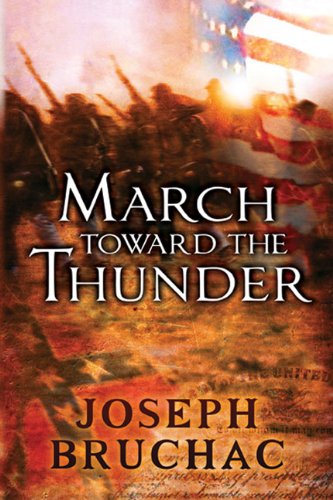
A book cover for March Toward the Thunder; Joseph Bruchac; Teen & Young Adult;